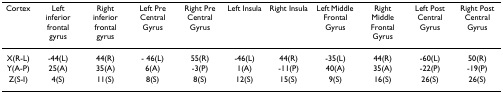
<table><thead><tr><td><b>Cortex</b></td><td><b>Left inferior frontal gyrus</b></td><td><b>Right inferior frontal gyrus</b></td><td><b>Left Pre Central Gyrus</b></td><td><b>Right Pre Central Gyrus</b></td><td><b>Left Insula</b></td><td><b>Right Insula</b></td><td><b>Left Middle Frontal Gyrus</b></td><td><b>Right Middle Frontal Gyrus</b></td><td><b>Left Post Central Gyrus</b></td><td><b>Right Post Central Gyrus</b></td></tr></thead><tbody><tr><td>X(R-L)</td><td>-44(L)</td><td>44(R)</td><td>- 46(L)</td><td>55(R)</td><td>-46(L)</td><td>44(R)</td><td>-35(L)</td><td>44(R)</td><td>-60(L)</td><td>50(R)</td></tr><tr><td>Y(A-P)</td><td>25(A)</td><td>35(A)</td><td>6(A)</td><td>-3(P)</td><td>1(A)</td><td>-11(P)</td><td>40(A)</td><td>35(A)</td><td>-22(P)</td><td>-19(P)</td></tr><tr><td>Z(S-I)</td><td>4(S)</td><td>11(S)</td><td>8(S)</td><td>8(S)</td><td>12(S)</td><td>15(S)</td><td>9(S)</td><td>16(S)</td><td>26(S)</td><td>26(S)</td></tr></tbody></table>